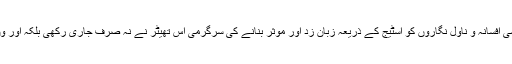
انیسویں صدی کے اکثر روسی افسانہ و ناول نگاروں کو اسٹیج کے ذریعہ زبان زد اور موثر بنانے کی سرگرمی اس تھیٹر نے نہ صرف جاری رکھی بلکہ اور وں کے لئے مثال قائم کر دی۔